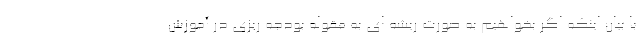
با بیان اینکه اگر بخواهیم به صورت ریشه ای به مقوله بودجه ریزی در آموزش